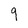
Character: 9